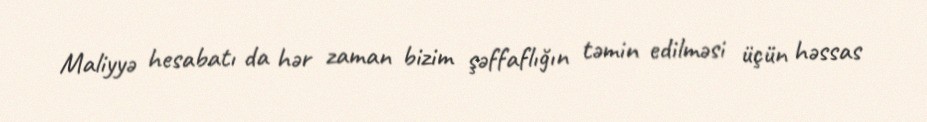
Maliyyə hesabatı da hər zaman bizim şəffaflığın təmin edilməsi üçün həssas